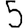
Digit: 5